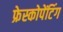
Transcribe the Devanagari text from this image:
फ्रेस्कोपेंटिंग